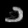
Digit: ၁